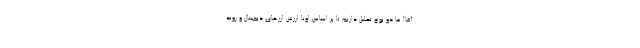
آقا! ما دو نوع تحلیل داریم تا بر اساس اونا ارزش ارزهای دیجیتال و روند